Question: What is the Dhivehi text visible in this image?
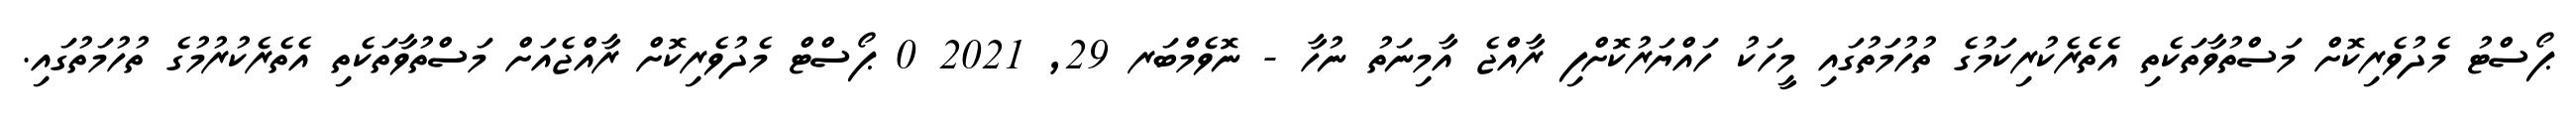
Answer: ޕޯސްޓު މެދުވެރިކޮށް މަސްތުވާތަކެތި އެތެރެކުރިކަމުގެ ތުހުމަތުގައި މީހަކު ހައްޔަރުކޮށްފި ރާއްޖެ އާމިނަތު ނުހާ - ނޮވެމްބަރ 29, 2021 0 ޕޯސްޓް މެދުވެރިކޮށް ރާއްޖެއަށް މަސްތުވާތަކެތި އެތެރެކުރުމުގެ ތުހުމަތުގައި.